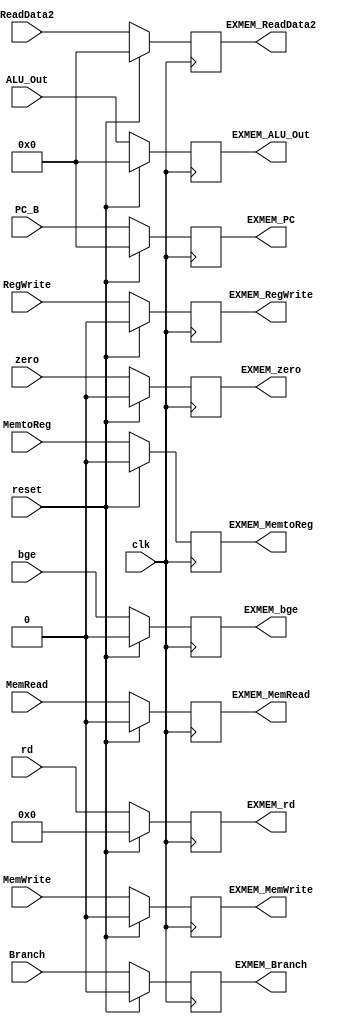
`timescale 1ns / 1ps

module EXMEM(
    input clk, reset,
    input Branch,
    input MemRead,
    input MemtoReg,
    input MemWrite,
    input RegWrite,
    input [63:0] PC_B,
    input [63:0] ReadData2,
    input [4:0] rd,
    input [63:0] ALU_Out,
    input zero,
    input bge,
    output reg EXMEM_Branch,
    output reg EXMEM_MemRead,
    output reg EXMEM_MemtoReg,
    output reg EXMEM_MemWrite,
    output reg EXMEM_RegWrite,
    output reg [63:0] EXMEM_PC,
    output reg [63:0] EXMEM_ReadData2,
    output reg [4:0] EXMEM_rd,
    output reg [63:0] EXMEM_ALU_Out,
    output reg EXMEM_zero,
    output reg EXMEM_bge
    );
        
        always @ (posedge clk)
        begin
            if (!reset)
                begin
                     EXMEM_Branch <= Branch;
                     EXMEM_MemRead <= MemRead;
                     EXMEM_MemtoReg <= MemtoReg;
                     EXMEM_MemWrite <= MemWrite;
                     EXMEM_RegWrite <= RegWrite;
                     EXMEM_ReadData2 <= ReadData2;
                     EXMEM_rd <= rd;
                     EXMEM_zero <= zero;
                     EXMEM_bge <= bge;
                     EXMEM_ALU_Out <= ALU_Out;
                     EXMEM_PC <= PC_B;
                end
            else
                begin
                     EXMEM_Branch <= 0;
                     EXMEM_MemRead <= 0;
                     EXMEM_MemtoReg <= 0;
                     EXMEM_MemWrite <= 0; 
                     EXMEM_RegWrite <= 0;
                     EXMEM_ReadData2 <= 0;
                     EXMEM_rd <= 0;
                     EXMEM_zero <= 0;
                     EXMEM_bge <= 0;
                     EXMEM_ALU_Out <= 0;
                     EXMEM_PC <= 0;
                end
        end
endmodule